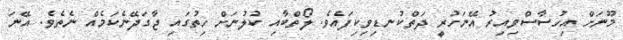
މޫނަށް އިހުސާސްވިއިރު އޭނަހުރީ ދަތްކުނޑިވިކިފައެވެ. ލޯތްބާއި ކުލުނަށް ހިތުގައި ޖާގަދޭނެކަމެއް ނެތެވެ. އޭނަ